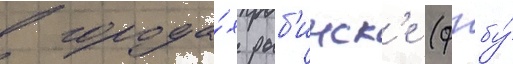
в города́х рыб'инск'е (фгбу́